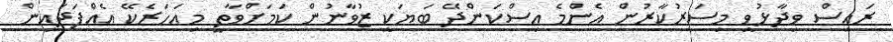
ރައީސް ވިދާޅުވީ މިސަރުކާރުން އެންމެ އިސްކަންދޭ ބަޔަކީ ޒުވާނުން ކަމަށްވާތީ މިއަހަރެކޭ އެއްފަދައިން